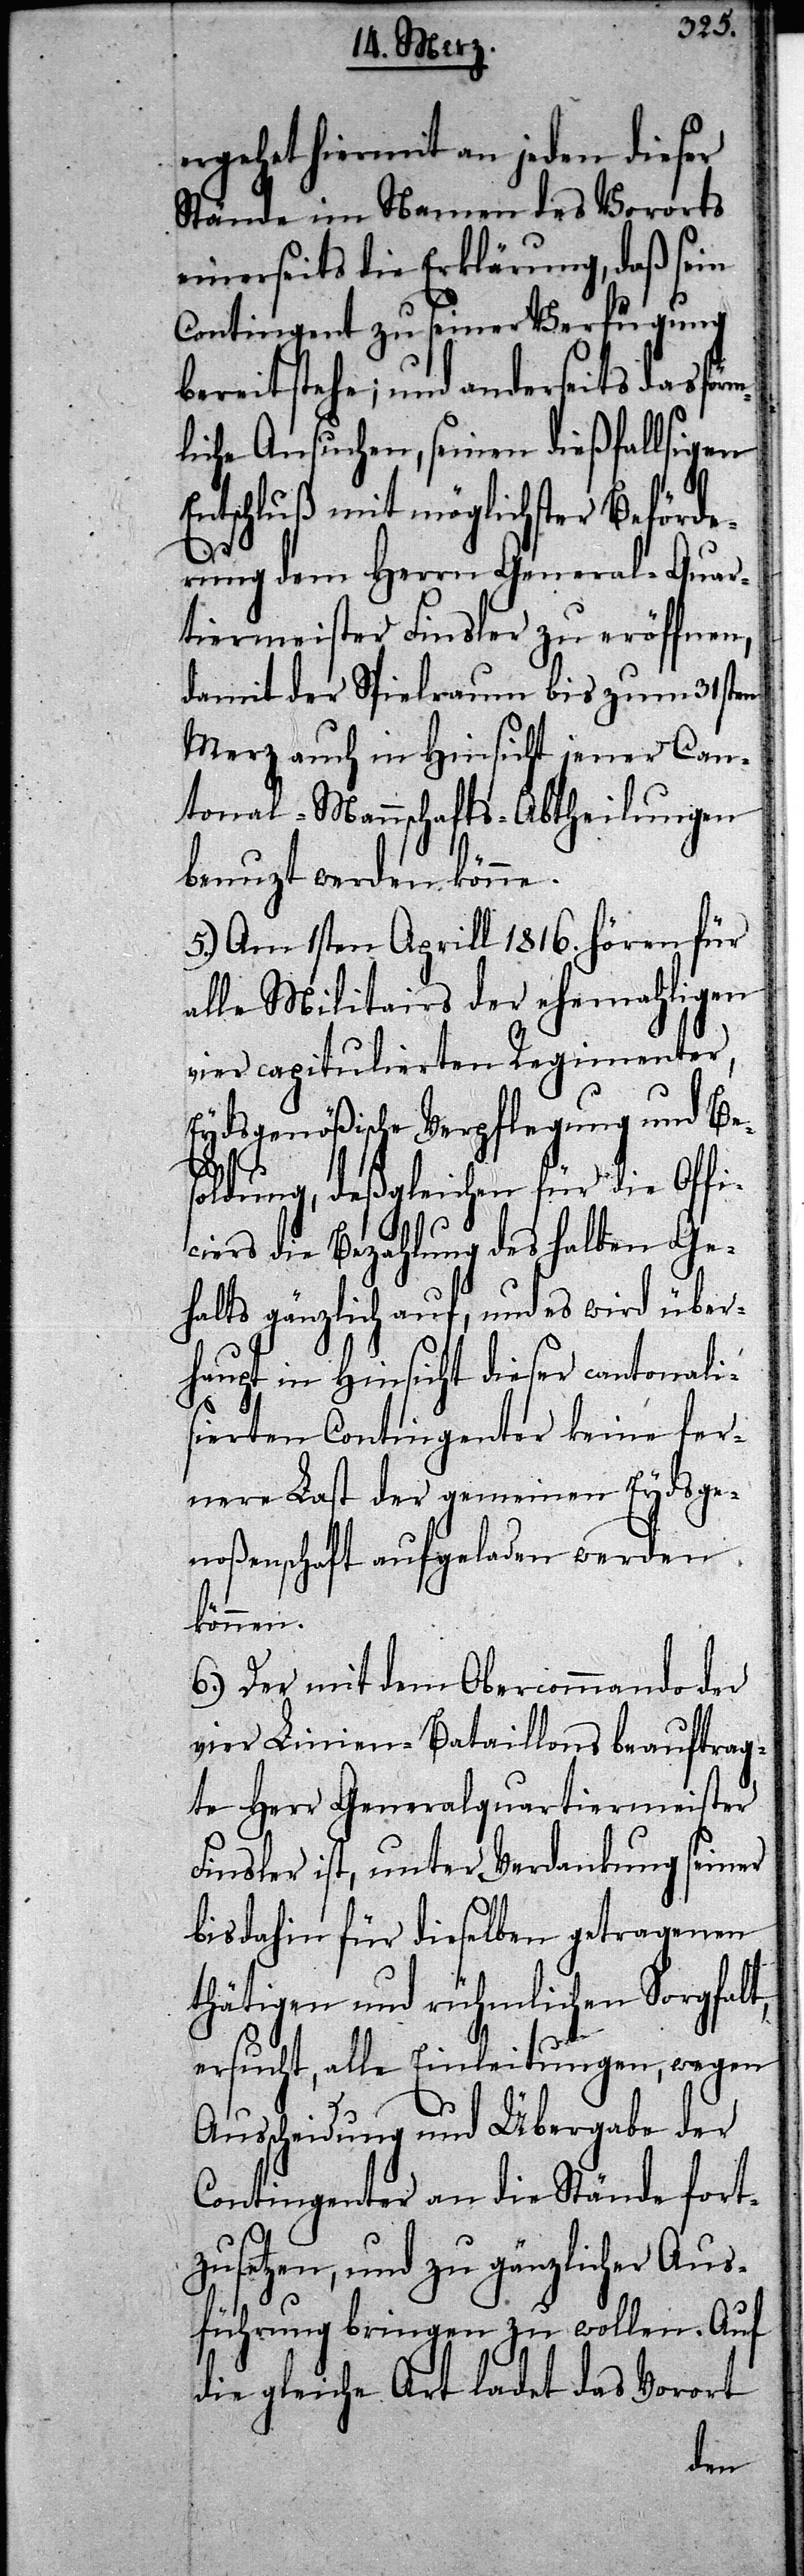
ergehet hiermit an jeden dieser
Stände im Namen des Vororts
einerseits die Erklärung, daß sein
Contingent zu seiner Verfügung
bereit stehe; und anderseits das förm¬
liche Ansuchen, seinen dießfallsigen
Entschluß mit möglichster Beförde¬
rung dem Herrn General-Quar¬
tiermeister Finsler zu eröffnen,
damit der Spielraum bis zum 31sten
Merz auch in Hinsicht jener Can¬
tonal-Mannschafts-Abtheilungen
benuzt werden könne.
5.) Am 1sten Aprill 1816. hören für
alle Militairs der ehemahligen
vier capitulierten Regimenter,
Eydsgenößische Verpflegung und Bes¬
oldung, deßgleichen für die Offi¬
ciers die Bezahlung des halben Ge¬
halts gänzlich auf, und es wird über¬
haupt in Hinsicht dieser cantonali¬
sierten Contingenter keine fer¬
nere Last der gemeinen Eydsge¬
noßenschaft aufgeladen werden
können.
6.) Der mit dem Obercommando der
vier Linien-Bataillons beauftrag¬
te Herr Generalquartiermeister
Finsler ist, unter Verdankung seiner
bis dahin für dieselben getragenen
thätigen und rühmlichen Sorgfalt,
ersucht, alle Einleitungen, wegen
Ausscheidung und Übergabe der
Contingenter an die Stände fort¬
zusetzen, und zu gänzlicher Aus¬
führung bringen zu wollen. Auf
die Art ladet das Vorort